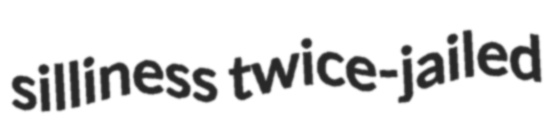
silliness twice-jailed